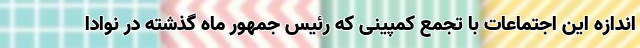
اندازه این اجتماعات با تجمع کمپینی که رئیس جمهور ماه گذشته در نوادا